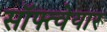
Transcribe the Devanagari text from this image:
सॉफ्त्वेयार